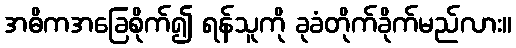
အဓိကအခြေစိုက်၍ ရန်သူကို ခုခံတိုက်ခိုက်မည်လား။